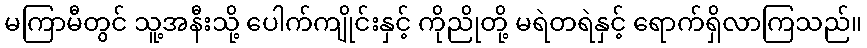
မကြာမီတွင် သူ့အနီးသို့ ပေါက်ကျိုင်းနှင့် ကိုညိုတို့ မရဲတရဲနှင့် ရောက်ရှိလာကြသည်။